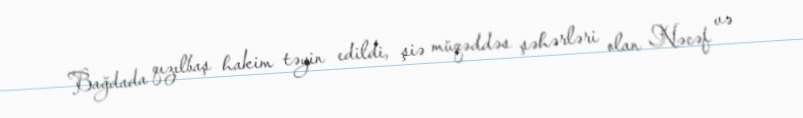
Bağdada qızılbaş hakim təyin edildi, şiə müqəddəs şəhərləri olan Nəcəf və